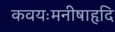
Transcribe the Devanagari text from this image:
कवयःमनीषाहृदि